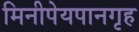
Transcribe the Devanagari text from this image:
मिनीपेयपानगृह